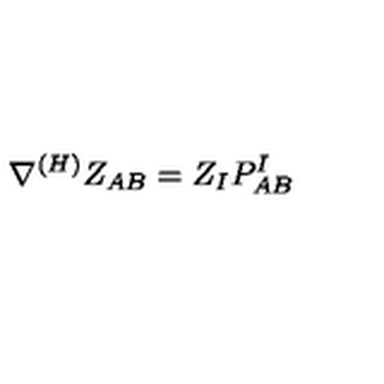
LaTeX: \nabla ^ { ( H ) } Z _ { A B } = Z _ { I } P _ { A B } ^ { I }